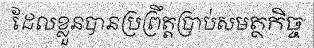
ដែលខ្លួនបានប្រព្រឹត្តប្រាប់សមត្ថកិច្ច